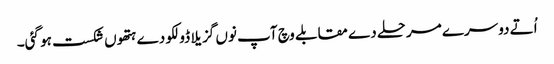
اُتے دوسرے مرحلے دے مقابلے وچ آپ نو‏‏ں گزیلا ڈولکو دے ہتھو‏ں شکست ہو گئی۔